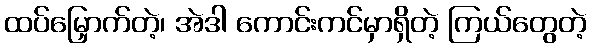
ထပ်မြှောက်တဲ့၊ အဲဒါ ကောင်းကင်မှာရှိတဲ့ ကြယ်တွေတဲ့